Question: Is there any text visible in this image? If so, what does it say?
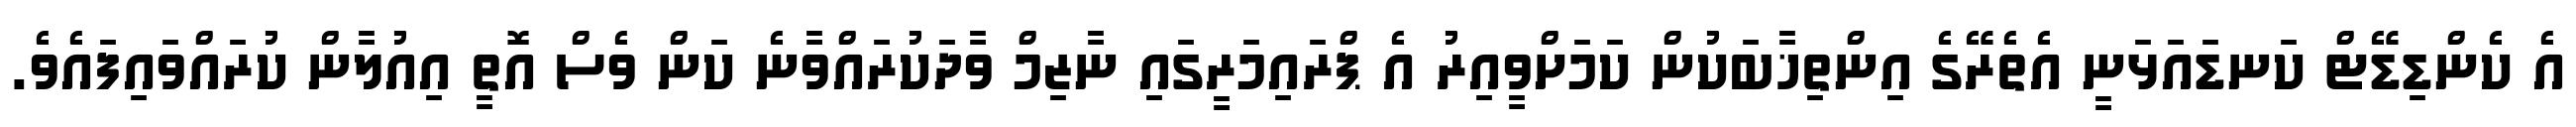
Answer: އެ ކެންޑިޑޭޓް ކަނޑައަޅަނީ އެތެރޭގެ އިންތިޚާބަކުން ކަމަށްވީއިރު އެ ޕްރައިމަރީގައި ނާޒިމް ވާދަކުރައްވާނެ ކަން ވެސް އޮތީ އިއުލާން ކުރައްވައިފައެވެ.